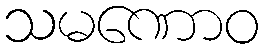
သမဏောဝ